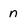
Character: n